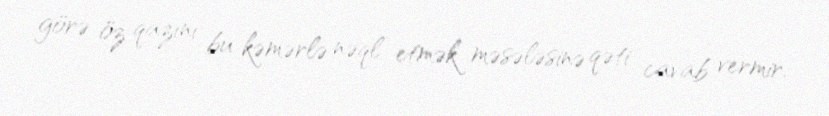
görə öz qazını bu kəmərlə nəql etmək məsələsinə qəti cavab vermir.